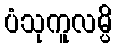
ပံသုကူလမ္ပိ